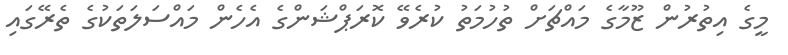
މީގެ އިތުރުން ޒޫމާގެ މައްޗަށް ތުހުމަތު ކުރެވޭ ކޮރަޕްޝަންގެ އެހެން މައްސަލަތަކުގެ ތެރޭގައި